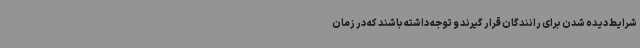
شرایط دیده شدن برای رانندگان قرار گیرند و توجه داشته باشند که در زمان